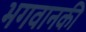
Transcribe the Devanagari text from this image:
भगवानकी